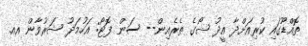
ތޮއްޑޫގައި ކުރިއަށްދާ އީދު ޝޯގެ ތެރެއިން-- ސަން ފޮޓޯ: އަހުމަދު ޝަރުވާން އއ.